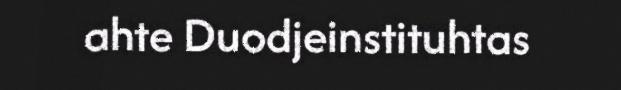
ahte Duodjeinstituhtas